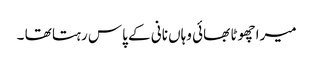
میرا چھوٹا بھائی وہاں نانی کے پاس رہتا تھا ۔